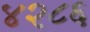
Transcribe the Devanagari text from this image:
४२८६